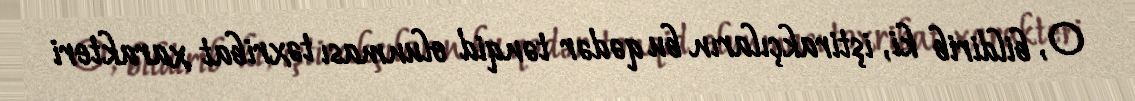
O, bildirib ki, iştirakçıların bu qədər tənqid olunması təxribat xarakteri